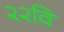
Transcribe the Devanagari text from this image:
२२वि